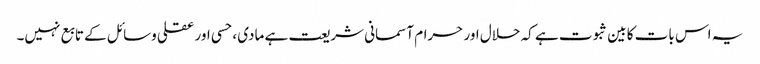
یہ اس بات کا بین ثبوت ہے کہ حلال اور حرام آسمانی شریعت ہے مادی ، حسی اور عقلی وسائل کے تابع نہیں۔